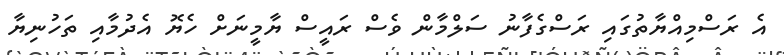
އެ ރަސްމިއްޔާތުގައި ރަސްގެފާނު ސަލްމާން ވެސް ރައީސް ޔާމީނަށް ހެޔޮ އެދުމާއި ތަހުނިޔާ